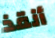
أنقذ